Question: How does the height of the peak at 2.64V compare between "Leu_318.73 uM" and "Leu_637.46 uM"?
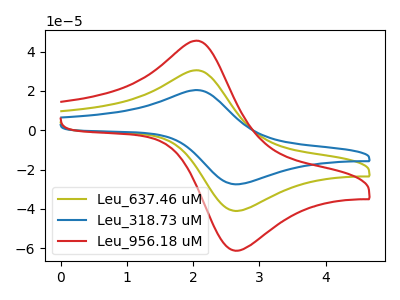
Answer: <think>The olive curve "Leu_637.46 uM" has an anodic peak at (2.05V, 30.50uA) and a cathodic peak at (2.65V, -41.05uA). The blue curve "Leu_318.73 uM" has an anodic peak at (2.05V, 20.40uA) and a cathodic peak at (2.65V, -27.50uA). The red curve "Leu_956.18 uM" has an anodic peak at (2.05V, 60.95uA) and a cathodic peak at (2.65V, -82.05uA).</think>
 <answer>The peak at 2.64V is lower in "Leu_318.73 uM" than in "Leu_637.46 uM".</answer>
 <eval>lower</eval>